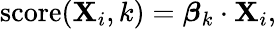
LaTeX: \operatorname{score}(\mathbf{X}_{i},k)={\boldsymbol{\beta}}_{k}\cdot\mathbf{X}_{i},